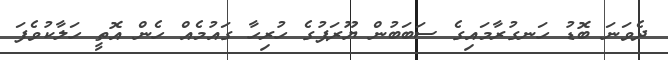
ދެވަނަ ބޮޑު ހަނގުރާމައިގެ ސަބަބުން ޔޫރަޕުގެ ހުރިހާ ގައުމެއް ހެން އޮތީ ހަލާކުވެފަ